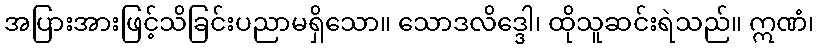
အပြားအားဖြင့်သိခြင်းပညာမရှိသော။ သောဒလိဒ္ဒေါ၊ ထိုသူဆင်းရဲသည်။ ဣဏံ၊